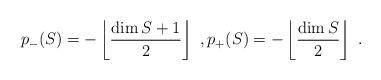
LaTeX: \begin{align*} p_-(S) = -\left\lfloor\frac{\dim S+1}{2}\right\rfloor\ , p_+(S) = -\left\lfloor\frac{\dim S}{2}\right\rfloor\ .\end{align*}